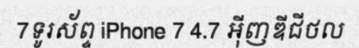
7ទូរស័ព្ទ iPhone 7 4.7 អ៊ីញឌីជីថល